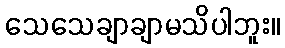
သေသေချာချာမသိပါဘူး။